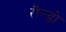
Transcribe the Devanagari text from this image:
रौन्ड़ो